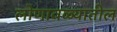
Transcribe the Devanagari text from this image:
लोणावळ्यातील